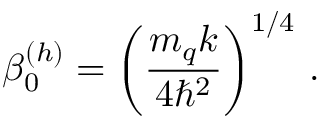
\beta _ { 0 } ^ { ( h ) } = \left( \frac { m _ { q } k } { 4 \hbar ^ { 2 } } \right) ^ { 1 / 4 } \, .